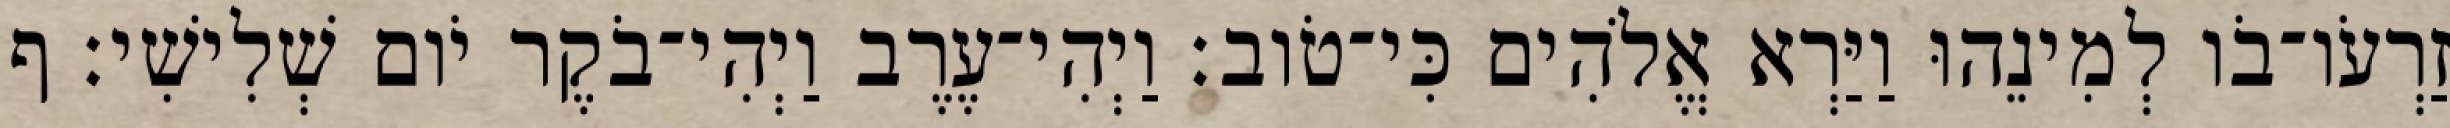
זַרְעֹו־בֹו לְמִינֵהוּ וַיַּרְא אֱלֹהִים כִּי־טֹוב׃ וַיְהִי־עֶרֶב וַיְהִי־בֹקֶר יֹום שְׁלִישִׁי׃ ף